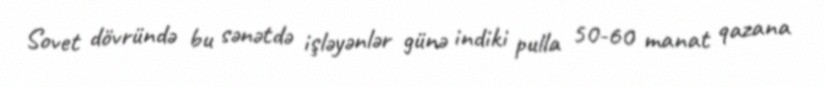
Sovet dövründə bu sənətdə işləyənlər günə indiki pulla 50-60 manat qazana